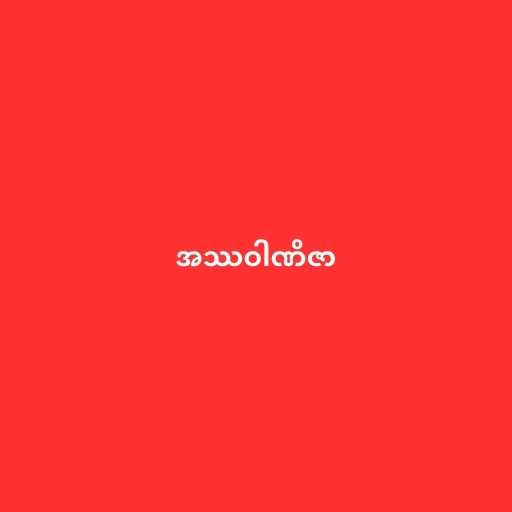
အဿဝါဏိဇာ